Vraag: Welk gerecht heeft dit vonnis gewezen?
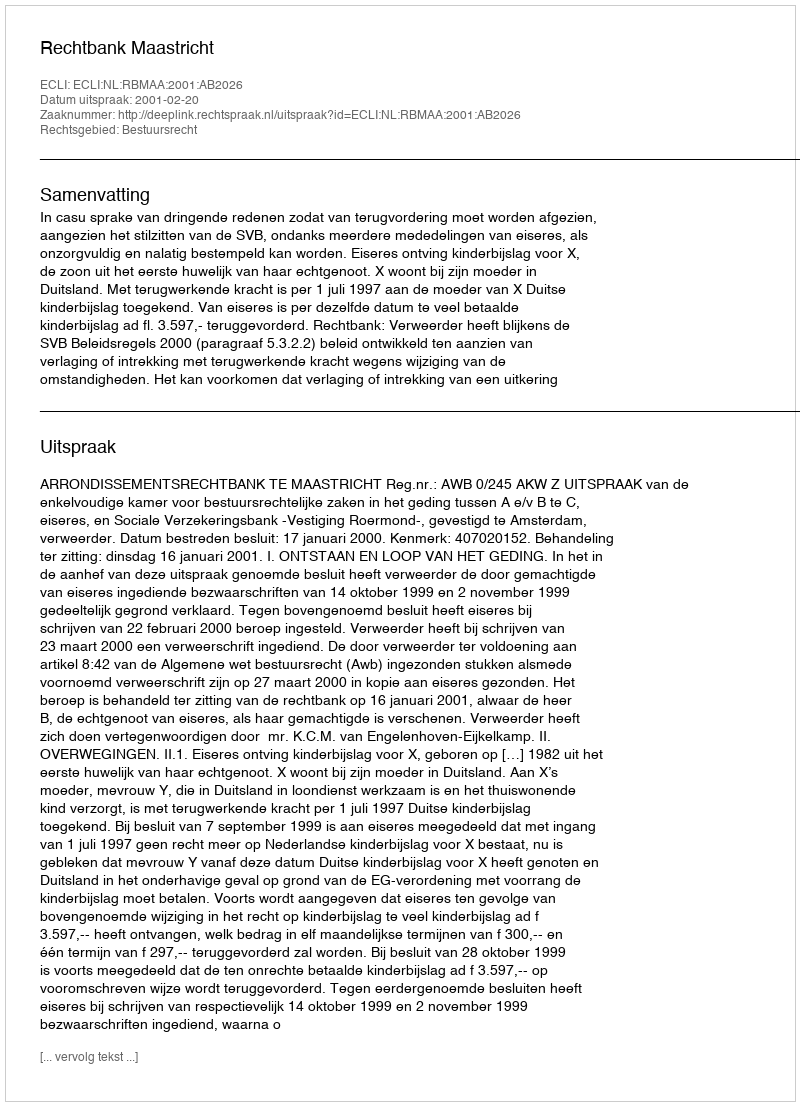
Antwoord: Rechtbank Maastricht